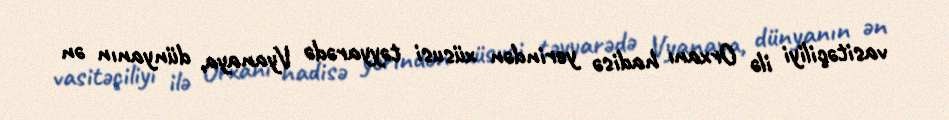
vasitəçiliyi ilə Orxanı hadisə yerindən xüsusi təyyarədə Vyanaya, dünyanın ən